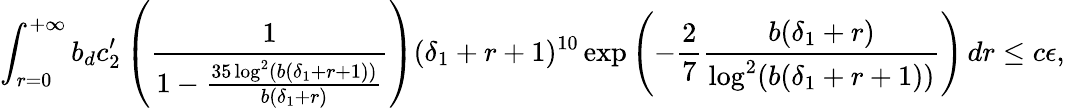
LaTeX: \int_{r=0}^{+\infty}b_{d}c_{2}^{\prime}\left(\frac{1}{1-\frac{35\log^{2}(b(\delta_{1}+r+1))}{b(\delta_{1}+r)}}\right)(\delta_{1}+r+1)^{10}\exp\left(-\frac{2}{7}\frac{b(\delta_{1}+r)}{\log^{2}(b(\delta_{1}+r+1))}\right)\, dr\leq c\epsilon,